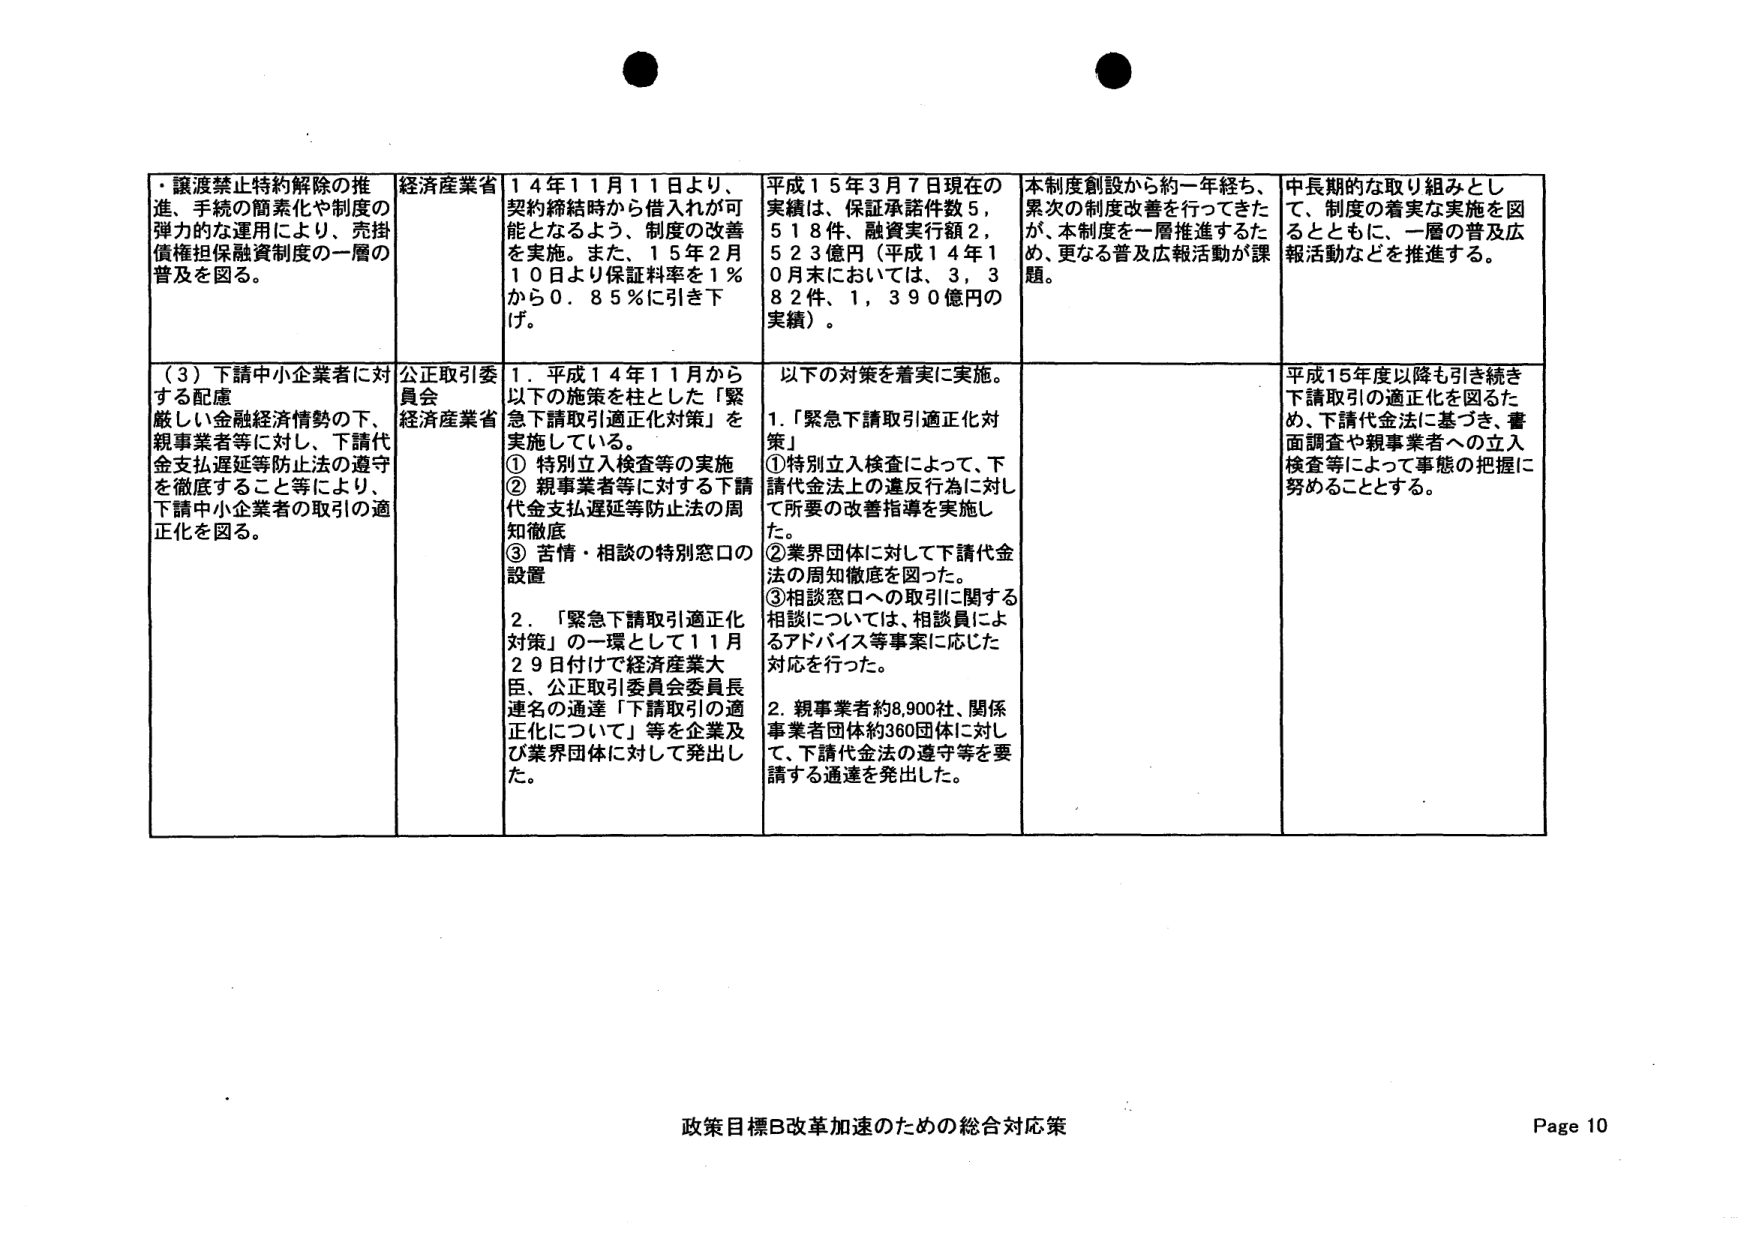
・譲渡禁止特約解除の推進、手続の簡素化や制度の弾力的な運用により、売掛債権担保融資制度の一層の普及を図る。

経済産業省

平成14年11月11日より、契約締結時から借入れが可能となるよう、制度の改善を実施。また、15年2月10日より保証料率を1％から0.85％に引き下げ。

平成15年3月7日現在の実績は、保証承諾件数5,518件、融資実行額2,523億円（平成14年10月末においては、3,382件、1,390億円の実績）。

本制度創設から約一年経ち、累次の制度改善を行ってきたが、本制度を一層推進するため、更なる普及広報活動が課題。

中長期的な取り組みとして、制度の着実な実施を図るとともに、一層の普及広報活動などを推進する。

（3）下請中小企業者に対する配慮
厳しい金融経済情勢の下、親事業者等に対し、下請代金支払遅延等防止法の遵守を徹底すること等により、下請中小企業者の取引の適正化を図る。

公正取引委員会
経済産業省

1．平成14年11月から以下の施策を柱とした「緊急下請取引適正化対策」を実施している。
① 特別立入検査等の実施
② 親事業者等に対する下請代金支払遅延等防止法の周知徹底
③ 苦情・相談の特別窓口の設置

2．「緊急下請取引適正化対策」の一環として11月29日付けで経済産業大臣、公正取引委員会委員長連名の通達「下請取引の適正化について」等を企業及び業界団体に対して発出した。

以下の対策を着実に実施。
1．「緊急下請取引適正化対策」
① 特別立入検査によって、下請代金法上の違反行為に対して所要の改善指導を実施した。
② 業界団体に対して下請代金法の周知徹底を図った。
③ 相談窓口への取引に関する相談については、相談員によるアドバイス等事案に応じた対応を行った。

2．親事業者約8,900社、関係事業者団体約360団体に対して、下請代金法の遵守等を要請する通達を発出した。

平成15年度以降も引き続き下請取引の適正化を図るため、下請代金法に基づき、書面調査や親事業者への立入検査等によって事態の把握に努めることとする。

政策目標B改革加速のための総合対応策
Page 10